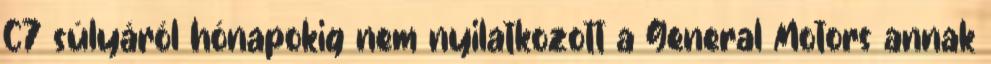
C7 súlyáról hónapokig nem nyilatkozott a General Motors annak